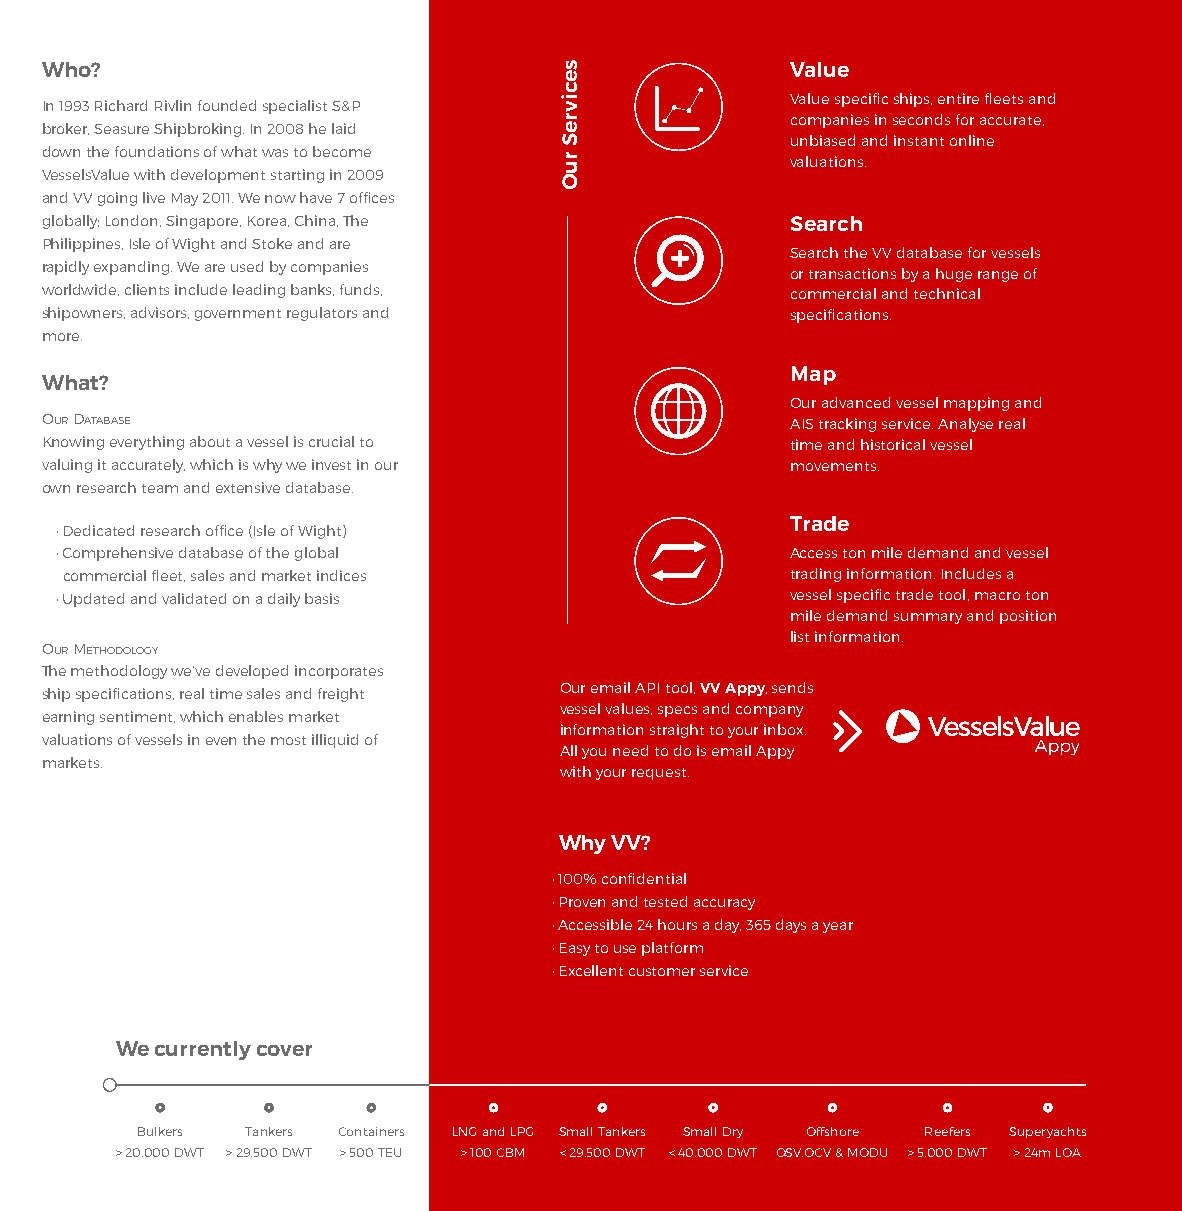
Who?                                             Value
 Value specific ships, entire fleets and
 In 1993 Richard Rivlin founded specialist S&P
 companies in seconds for accurate,
 broker, Seasure Shipbroking. In 2008 he laid
 unbiased and instant online
 down the foundations of what was to become       valuations.
 VesselsValue with development starting in 2009
 and VV going live May 2011. We now have 7 offices
 globally; London, Singapore, Korea, China, The   Search
 Philippines, Isle of Wight and Stoke and are
 Search the VV database for vessels
 rapidly expanding. We are used by companies
 or transactions by a huge range of
 worldwide, clients include leading banks, funds, commercial and technical
 shipowners, advisors, government regulators and  specifications.
 more.
 Map
 What?
 Our advanced vessel mapping and
 OUR DATABASE                                     AIS tracking service. Analyse real
 Knowing everything about a vessel is crucial to  time and historical vessel
 valuing it accurately, which is why we invest in our movements.
 own research team and extensive database.
 Trade
 · Dedicated research office (Isle of Wight)
 · Comprehensive database of the global          Access ton mile demand and vessel
 commercial fleet, sales and market indices      trading information. Includes a
 · Updated and validated on a daily basis        vessel specific trade tool, macro ton
 mile demand summary and position
 list information.
 OUR METHODOLOGY
 The methodology we’ve developed incorporates
 ship specifications, real time sales and freight Our email API tool, VV Appy, sends
 vessel values, specs and company
 earning sentiment, which enables market
 information straight to your inbox.
 valuations of vessels in even the most illiquid of
 All you need to do is email Appy
 markets.
 with your request.
 Why VV?
 · 100% confidential
 · Proven and tested accuracy
 · Accessible 24 hours a day, 365 days a year
 · Easy to use platform
 · Excellent customer service
 We currently cover
 Bulkers Tankers Containers LNG and LPG Small Tankers Small Dry Offshore Reefers Superyachts
 > 20,000 DWT > 29,500 DWT > 500 TEU > 100 CBM < 29,500 DWT < 40,000 DWT OSV,OCV & MODU > 5,000 DWT > 24m LOA
 secivreS
 ruO